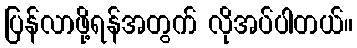
ပြန်လာဖို့ရန်အတွက် လိုအပ်ပါတယ်။